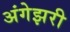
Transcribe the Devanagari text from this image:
अंगेझरी